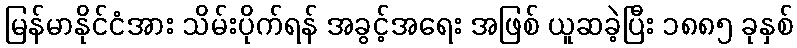
မြန်မာနိုင်ငံအား သိမ်းပိုက်ရန် အခွင့်အရေး အဖြစ် ယူဆခဲ့ပြီး ၁၈၈၅ ခုနှစ်